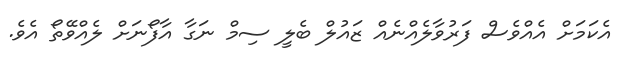
އެކަމަށް އެއްވެސް ފަރުވާލެއްނެއް ޒައުލް ބެލީ ސިމް ނަގާ އާފޯނަށް ލެއްވޭތޯ އެވެ.